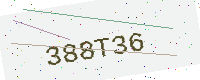
Text: 388T36